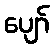
ပျော်